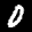
Label: 0